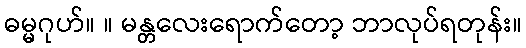
ဓမ္မဂုဟ်။ ။ မန္တလေးရောက်တော့ ဘာလုပ်ရတုန်း။